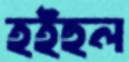
হইহুল